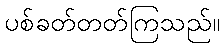
ပစ်ခတ်တတ်ကြသည်။